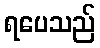
ရပေသည်